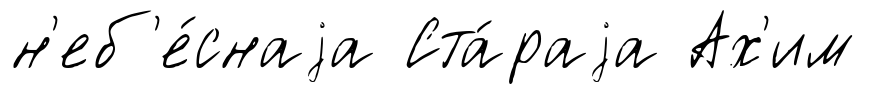
н'еб'е́снаjа Ста́раjа Ах'им